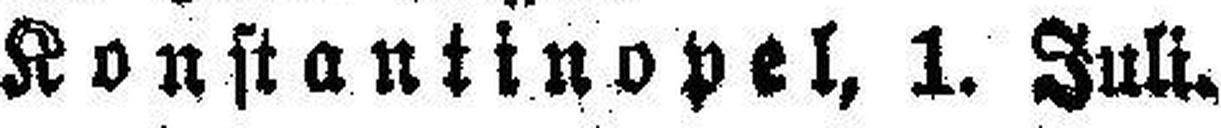
Konstantinopel, 1. Juli.